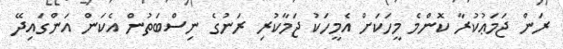
ރަން ޖަމަޢުކުރާ ކޮންމެ މީހަކަށް އެމީހަކު ޖަމާކުރި ރަނުގެ ނިސްބަތުން އެކަން އަންގައިދޭ